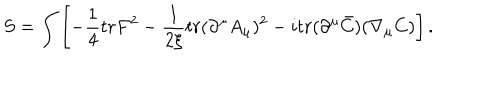
S = \int \left[ - \frac { 1 } { 4 } t r F ^ { 2 } - \frac { 1 } { 2 \xi } t r ( \partial ^ { \mu } A _ { \mu } ) ^ { 2 } - i t r ( \partial ^ { \mu } \bar { C } ) ( \nabla _ { \mu } C ) \right] .